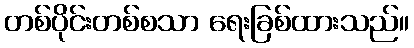
တစ်ပိုင်းတစ်စသာ ရေးခြစ်ထားသည်။